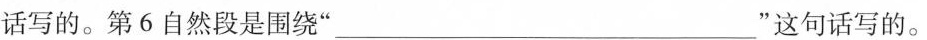
话写的。第6自然段是围绕“_________”这句话写的。